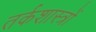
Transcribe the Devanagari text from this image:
तर्कशास्त्रों